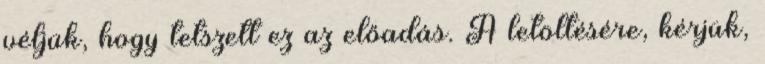
véljük, hogy tetszett ez az előadás. A letöltésére, kérjük,